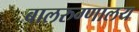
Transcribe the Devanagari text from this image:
बालरुग्णालय